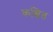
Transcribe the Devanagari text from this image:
कश्चित